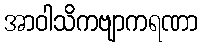
အာဝါသိကဗျာကရဏာ